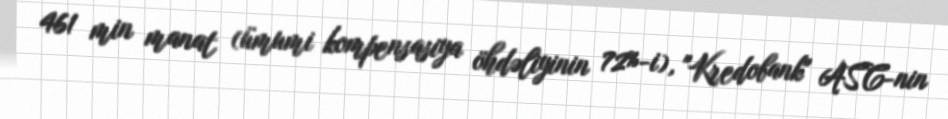
461 min manat (ümumi kompensasiya öhdəliyinin 72%-i), "Kredobank" ASC-nin